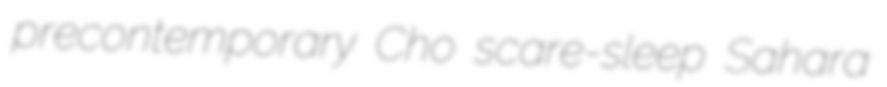
precontemporary Cho scare-sleep Sahara